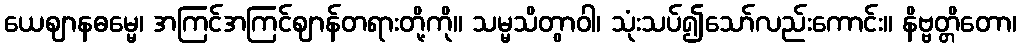
ယေဈာနဓမ္မေ၊ အကြင်အကြင်ဈာန်တရားတို့ကို။ သမ္မသိတွာဝါ၊ သုံးသပ်၍သော်လည်းကောင်း။ နိဗ္ဗတ္တိတော၊